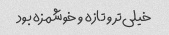
خیلی‌تر و تازه و خوشمزه بود